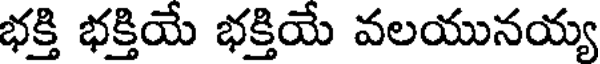
భక్తి భక్తియే భక్తియే వలయునయ్య